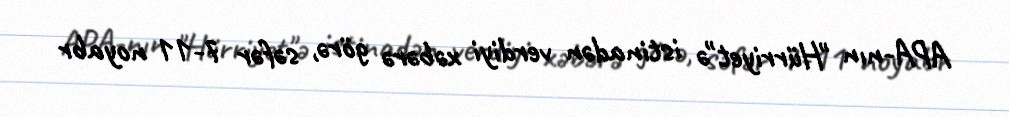
APA-nın "Hürriyet"ə istinadən verdiyi xəbərə görə, səfər 7-11 noyabr